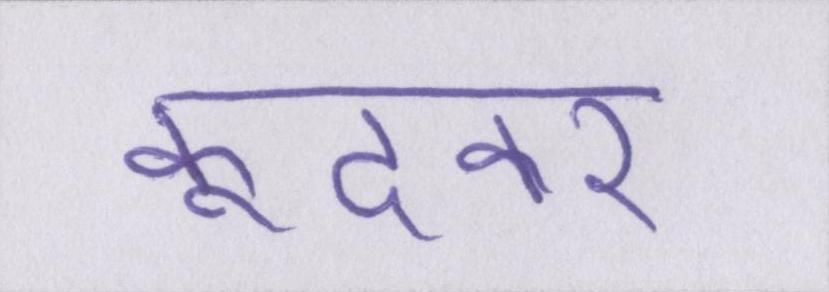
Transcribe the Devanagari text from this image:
कूदकर